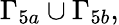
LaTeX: \Gamma_{5a}\cup\Gamma_{5b},